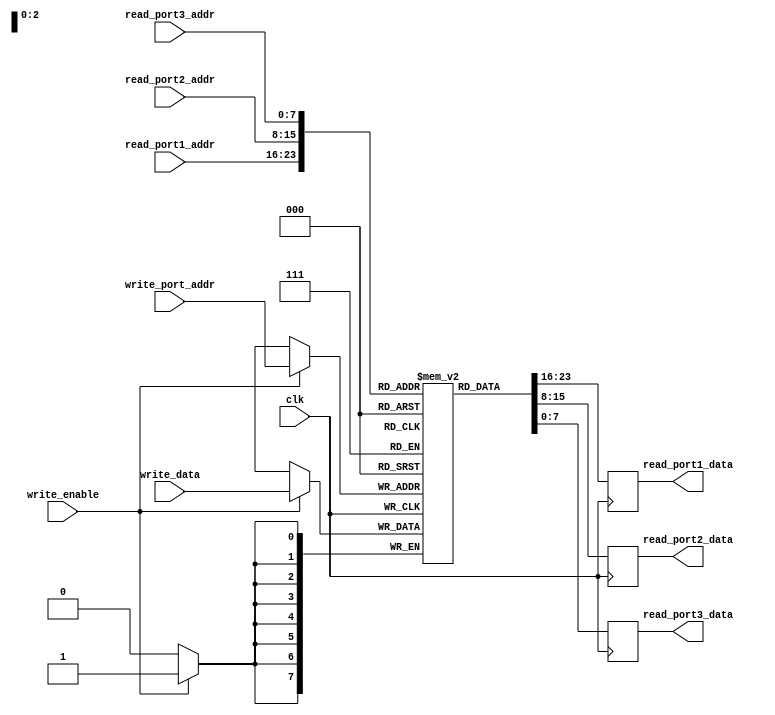
module register_file (
    input wire [7:0] read_port1_addr,
    input wire [7:0] read_port2_addr,
    input wire [7:0] read_port3_addr,
    input wire [7:0] write_port_addr,
    input wire write_enable,
    input wire clk,
    input wire [7:0] write_data,
    output reg [7:0] read_port1_data,
    output reg [7:0] read_port2_data,
    output reg [7:0] read_port3_data
);

reg [7:0] memory_block [0:255];

always @(posedge clk) begin
    if (write_enable) begin
        memory_block[write_port_addr] <= write_data;
    end
    read_port1_data <= memory_block[read_port1_addr];
    read_port2_data <= memory_block[read_port2_addr];
    read_port3_data <= memory_block[read_port3_addr];
end

endmodule